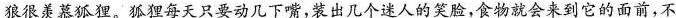
狼很羡慕狐狸。狐狸每天只要动几下嘴，装出几个迷人的笑脸，食物就会来到它的面前，不